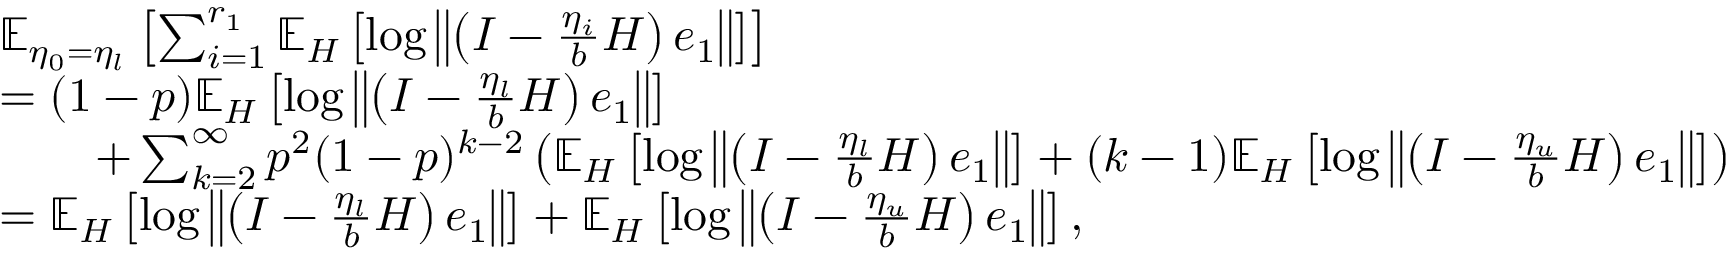
\begin{array} { r l } & { \mathbb { E } _ { \eta _ { 0 } = \eta _ { l } } \left[ \sum _ { i = 1 } ^ { r _ { 1 } } \mathbb { E } _ { H } \left[ \log \left\Vert \left( I - \frac { \eta _ { i } } { b } H \right) e _ { 1 } \right\Vert \right] \right] } \\ & { = ( 1 - p ) \mathbb { E } _ { H } \left[ \log \left\Vert \left( I - \frac { \eta _ { l } } { b } H \right) e _ { 1 } \right\Vert \right] } \\ & { \qquad + \sum _ { k = 2 } ^ { \infty } p ^ { 2 } ( 1 - p ) ^ { k - 2 } \left( \mathbb { E } _ { H } \left[ \log \left\Vert \left( I - \frac { \eta _ { l } } { b } H \right) e _ { 1 } \right\Vert \right] + ( k - 1 ) \mathbb { E } _ { H } \left[ \log \left\Vert \left( I - \frac { \eta _ { u } } { b } H \right) e _ { 1 } \right\Vert \right] \right) } \\ & { = \mathbb { E } _ { H } \left[ \log \left\Vert \left( I - \frac { \eta _ { l } } { b } H \right) e _ { 1 } \right\Vert \right] + \mathbb { E } _ { H } \left[ \log \left\Vert \left( I - \frac { \eta _ { u } } { b } H \right) e _ { 1 } \right\Vert \right] , } \end{array}